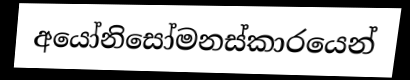
අයෝනිසෝමනස්කාරයෙන්